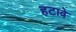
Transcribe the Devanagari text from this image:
हटावे